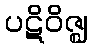
ပဋိဝိဇ္ဈ